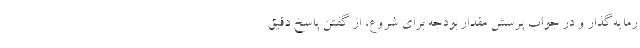
رمایه‌گذار و در جواب پرسش مقدار بودجه برای شروع، از گفتن پاسخ دقیق